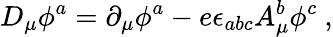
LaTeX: D_{\mu}\phi^{a}=\partial_{\mu}\phi^{a}-e\epsilon_{abc}A_{\mu}^{b}\phi^{c}\ ,